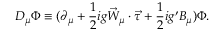
D _ { \mu } \Phi \equiv ( \partial _ { \mu } + \frac { 1 } { 2 } i g \vec { W } _ { \mu } \cdot \vec { \tau } + \frac { 1 } { 2 } i g ^ { \prime } B _ { \mu } ) \Phi .